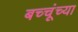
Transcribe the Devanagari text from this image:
बच्चूंच्या